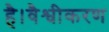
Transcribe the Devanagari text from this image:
है।वैश्वीकरण